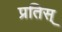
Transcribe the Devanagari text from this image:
प्रतिस्